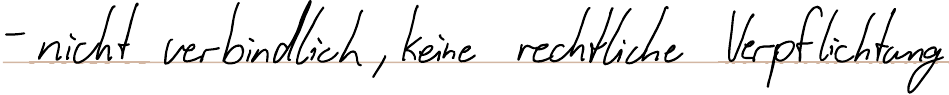
- nicht verbindlich, keine rechtliche Verpflichtung